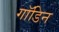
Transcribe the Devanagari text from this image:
गॉडिन